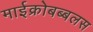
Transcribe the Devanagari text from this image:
माईक्रोबब्बलस